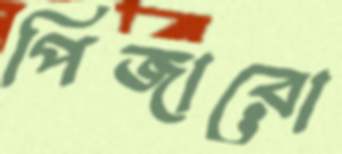
পিজারো